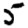
Digit: 5